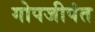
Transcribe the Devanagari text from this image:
गोपजीपंत